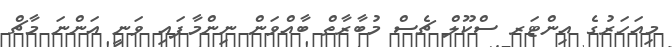
މިއަހަރުގެ އިންޓަރ ސްކޫލް ޗެސް މުބާރާތް ބާއްވަން ނިންމާފައި ވަނީ އަންނަ މާޗް